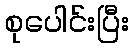
စုပေါင်းပြီး